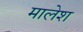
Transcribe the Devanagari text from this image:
मालेश